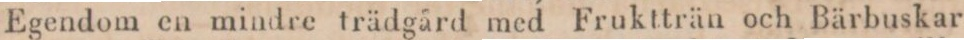
Egendom en mindre trädgård med Fruktträn och Bärbuskar